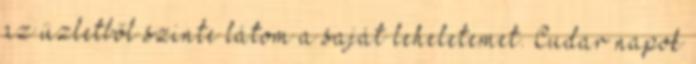
az üzletből szinte látom a saját leheletemet. Cudar napok